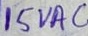
Text: 15VAC